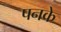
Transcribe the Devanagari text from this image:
पनके